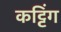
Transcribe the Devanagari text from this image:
कट्टिंग